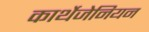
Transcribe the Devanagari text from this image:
कार्थेजेनियन